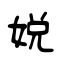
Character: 娧